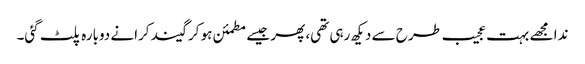
ندا مجھے بہت عجیب طرح سے دیکھ رہی تھی، پھر جیسے مطمئن ہو کر گیند کرانے دوبارہ پلٹ گئی۔